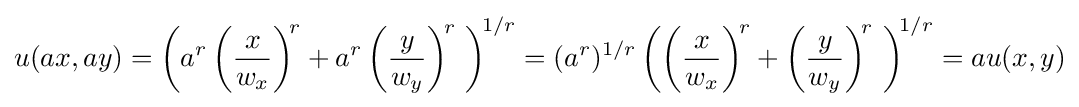
u(ax,ay)=\left(a^{r}\left({x \over w_{x}}\right)^{\!r}+a^{r}\left({y \over w_{y}}\right)^{\!r}\ \right)^{\!1/r}=(a^{r})^{1/r}\left(\left({x \over w_{x}}\right)^{\!r}+\left({y \over w_{y}}\right)^{\!r}\ \right)^{\!1/r}=au(x,y)